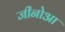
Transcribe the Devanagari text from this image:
जीनोआ